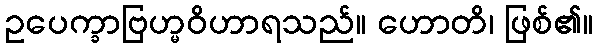
ဥပေက္ခာဗြဟ္မဝိဟာရသည်။ ဟောတိ၊ ဖြစ်၏။